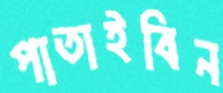
পাতাইবিন